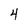
Character: 4